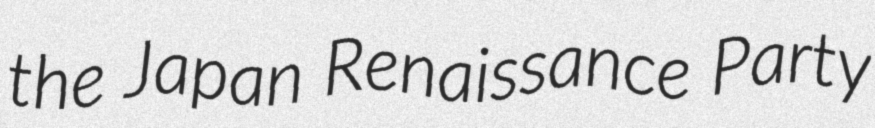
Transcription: the Japan Renaissance Party